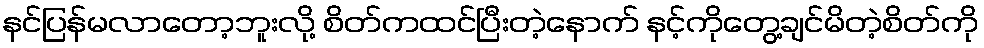
နင်ပြန်မလာတော့ဘူးလို့ စိတ်ကထင်ပြီးတဲ့နောက် နင့်ကိုတွေ့ချင်မိတဲ့စိတ်ကို